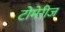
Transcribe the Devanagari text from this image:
टोमेरीज